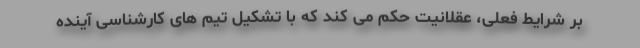
بر شرایط فعلی، عقلانیت حکم می کند که با تشکیل تیم های کارشناسی آینده